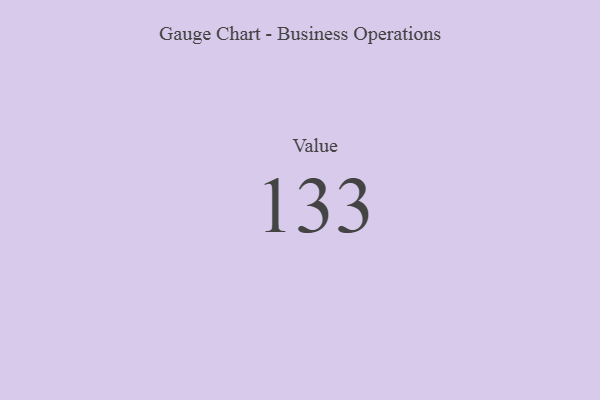
{"axis": {"x": "Metric", "y": "Value"}, "legend": [""], "data": [{"x": "Value", "y": 133, "type": ""}]}